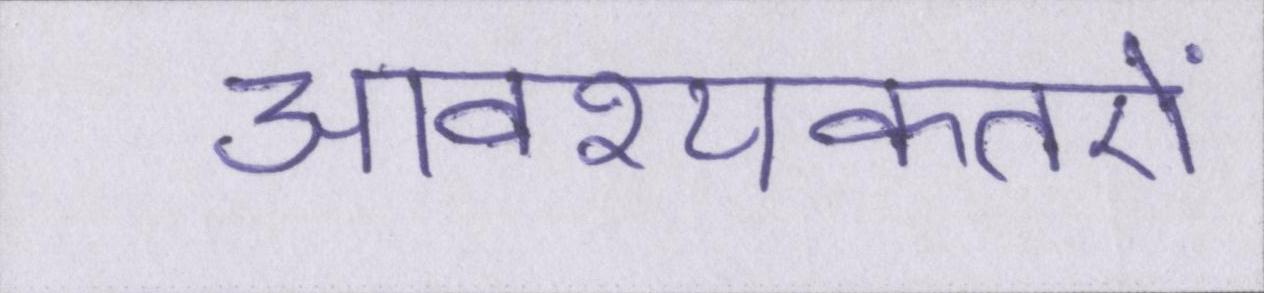
आवश्यकतऐं